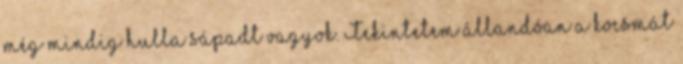
még mindig hulla sápadt vagyok. Tekintetem állandóan a kocsmát